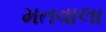
મતવાલા